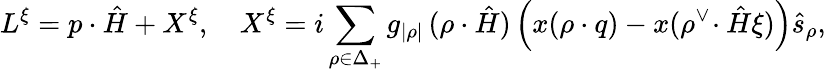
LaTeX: L^{\xi}=p\cdot\hat{H}+X^{\xi},\quad X^{\xi}=i\sum_{\rho\in\Delta_{+}}g_{|\rho|}\, (\rho\cdot\hat{H})\left(x(\rho\cdot q)-x(\rho^{\vee}\! \cdot\hat{H}\xi)\right)\hat{s}_{\rho},